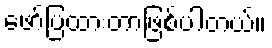
ဖော်ပြထားတာဖြစ်ပါတယ်။